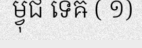
ម្វុជ ទេឝ ( ១)